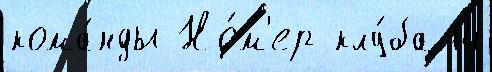
кома́нды Но́м'ер клу́ба 14